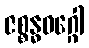
ဇစ္စန္ဓဝဂ္ဂေါ